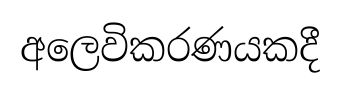
අලෙවිකරණයකදී